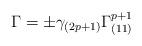
LaTeX: \begin{align*}\Gamma = \pm \gamma_{(2p+1)} \Gamma_{(11)}^{p+1}\end{align*}